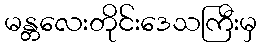
မန္တလေးတိုင်းဒေသကြီးမှ